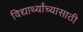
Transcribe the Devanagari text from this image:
विद्यार्थ्यांच्यासाठी